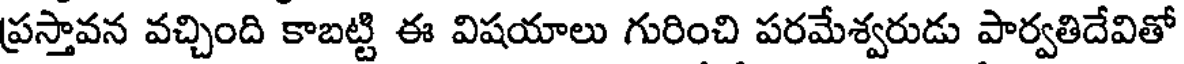
ప్రస్తావన వచ్చింది కాబట్టి ఈ విషయాలు గురించి పరమేశ్వరుడు పార్వతిదేవితో